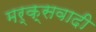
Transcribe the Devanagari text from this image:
मर्क्सवादी